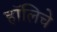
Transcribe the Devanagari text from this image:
हॉलिचे